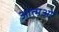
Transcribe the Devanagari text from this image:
आत्मओं